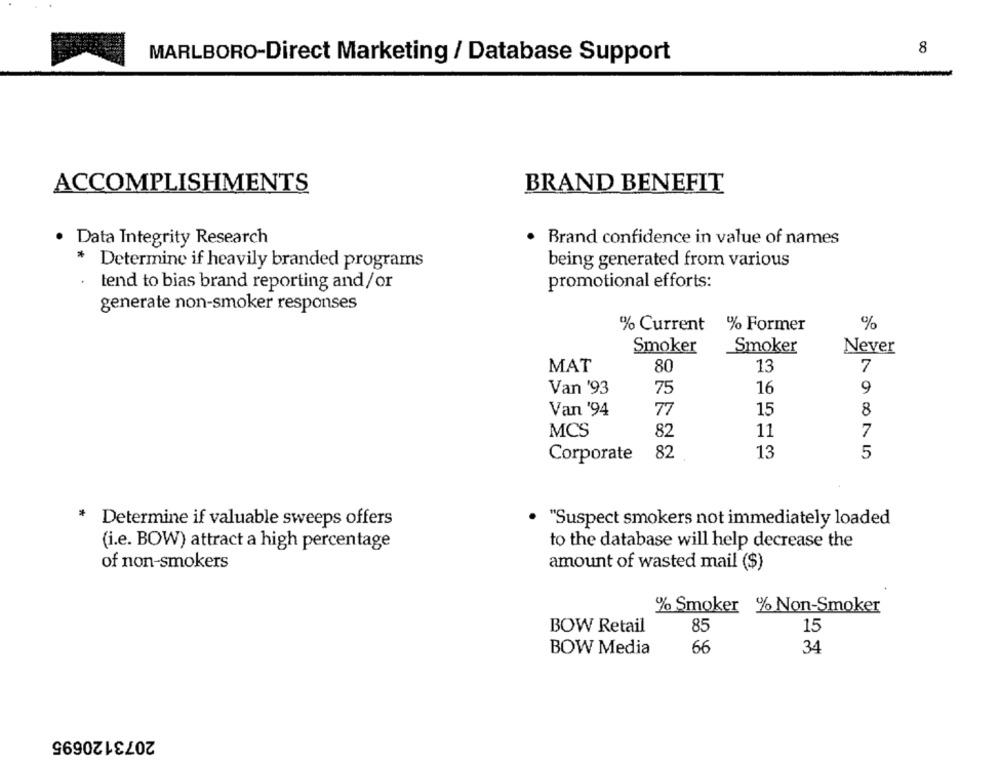
8
MARLBORO-Direct Marketing / Database Support
ACCOMPLISHMENTS
BRAND BENEFIT
· Data Integrity Research
· Brand confidence in value of names
* Determine if heavily branded programs
being generated from various
tend to bias brand reporting and/or
promotional efforts:
generate non-smoker responses
% Current
% Former
%
Smoker
Smoker
Never
MAT
80
13
7
9
Van '93
75
16
Van '94
77
15
8
MCS
82
11
Corporate
82
13
5
* Determine if valuable sweeps offers
. "Suspect smokers not immediately loaded
(i.e. BOW) attract a high percentage
to the database will help decrease the
of non-smokers
amount of wasted mail ($)
% Smoker % Non-Smoker
BOW Retail
85
15
BOW Media
66
34
2073120695